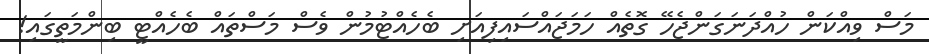
މަސް ވިއްކަން ހުއްދަނަގަންޖެހޭ ގޮތެއް ހަމަޖައްސައިފިއަށި ބެހެއްޓުމުން ވެސް މަސްތައް ބެހެއްޓީ ބިންމަތީގައި!